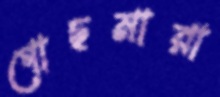
গোছমারা